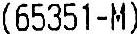
(65351-M)